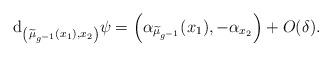
LaTeX: \begin{align*} \mathrm{d}_{\left(\widetilde{\mu}_{g^{-1}}(x_{1}),x_{2}\right)}\psi = \left(\alpha_{\widetilde{\mu}_{g^{-1}}}(x_{1}),-\alpha_{x_{2}}\right)+O(\delta).\end{align*}